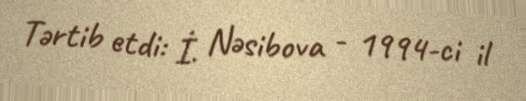
Tərtib etdi: İ. Nəsibova - 1994-ci il